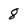
Character: 8